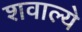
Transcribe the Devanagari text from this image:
शवाल्ये